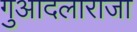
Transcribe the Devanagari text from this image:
गुआदलाराजा